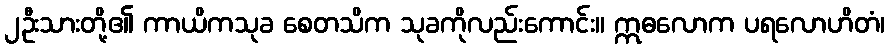
၂ဦးသားတို့၏ ကာယိကသုခ စေတသိက သုခကိုလည်းကောင်း။ ဣဓလောက ပရလောဟိတံ၊